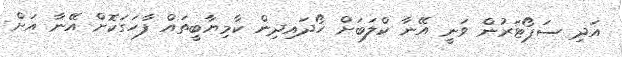
އަދި ސަޕޯޓަރުން ވަނީ އޭނާ ކްލަބަށް ހޯދައިދިން ކާމިޔާބީތައް ފާހަގަކޮށް އޭނާ އަށް